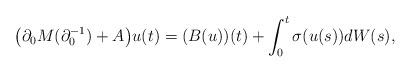
LaTeX: \begin{align*}\big(\partial_0M(\partial_0^{-1})+A\big)u(t) = (B(u))(t)+\int_0^t \sigma(u(s))dW(s),\end{align*}